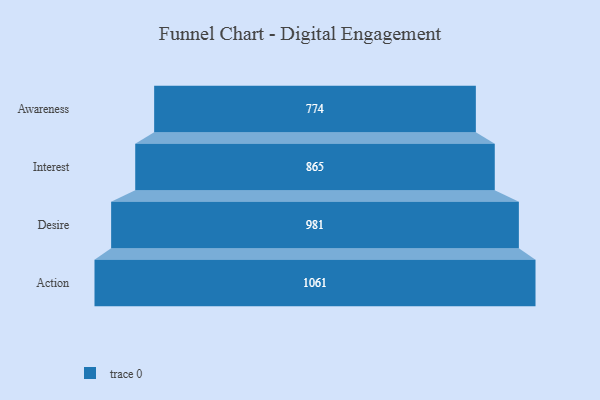
{"axis": {"x": "Stage", "y": "Value"}, "legend": [""], "data": [{"x": "Awareness", "y": 774.0, "type": ""}, {"x": "Interest", "y": 865.0, "type": ""}, {"x": "Desire", "y": 981.0, "type": ""}, {"x": "Action", "y": 1061.0, "type": ""}]}